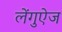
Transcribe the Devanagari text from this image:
लेंगुऐज